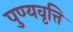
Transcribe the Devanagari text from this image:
पुण्यवृत्ति